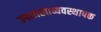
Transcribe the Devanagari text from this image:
उपशाखाव्यवस्थापक